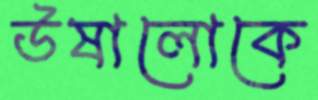
উষালোকে